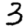
Digit: 3